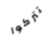
تتركوا